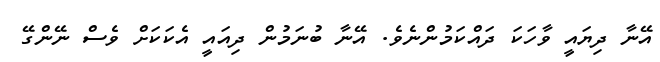
އޭނާ ދިޔައީ ވާހަކަ ދައްކަމުންނެވެ. އޭނާ ބުނަމުން ދިއައީ އެކަކަށް ވެސް ނޭންގޭ